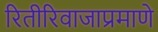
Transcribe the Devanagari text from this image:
रितीरिवाजाप्रमाणे